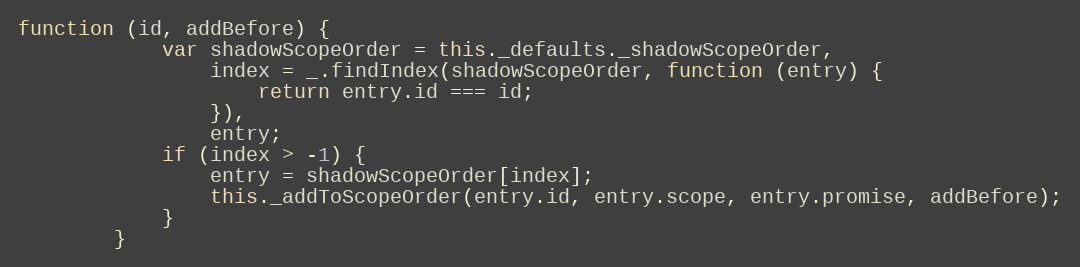
Language: JavaScript
function (id, addBefore) {
            var shadowScopeOrder = this._defaults._shadowScopeOrder,
                index = _.findIndex(shadowScopeOrder, function (entry) {
                    return entry.id === id;
                }),
                entry;
            if (index > -1) {
                entry = shadowScopeOrder[index];
                this._addToScopeOrder(entry.id, entry.scope, entry.promise, addBefore);
            }
        }